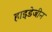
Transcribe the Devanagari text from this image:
हाइडेजीन